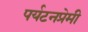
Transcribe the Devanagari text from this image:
पर्यटनप्रेमी